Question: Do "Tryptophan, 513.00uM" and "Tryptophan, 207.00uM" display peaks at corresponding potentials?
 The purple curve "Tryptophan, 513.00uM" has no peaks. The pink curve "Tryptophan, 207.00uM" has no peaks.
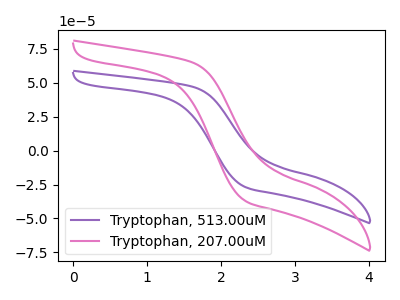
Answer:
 <answer>Niether CV has any peaks.</answer>
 <eval>blanks</eval>